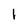
Character: 1